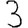
Digit: 3